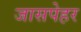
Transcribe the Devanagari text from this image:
जासपेहर